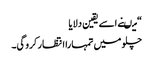
“ میںنے اسے یقین دلایا
چلو میں تمہارا انتظار کرو گی۔